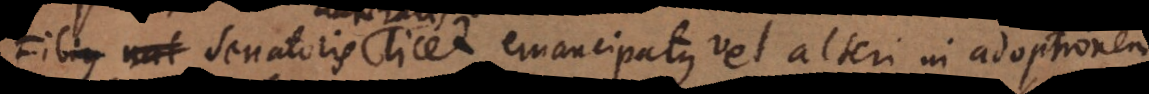
naturalis licet emancipatus vel alteri in adopti